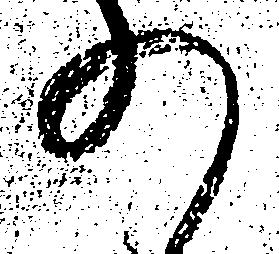
の